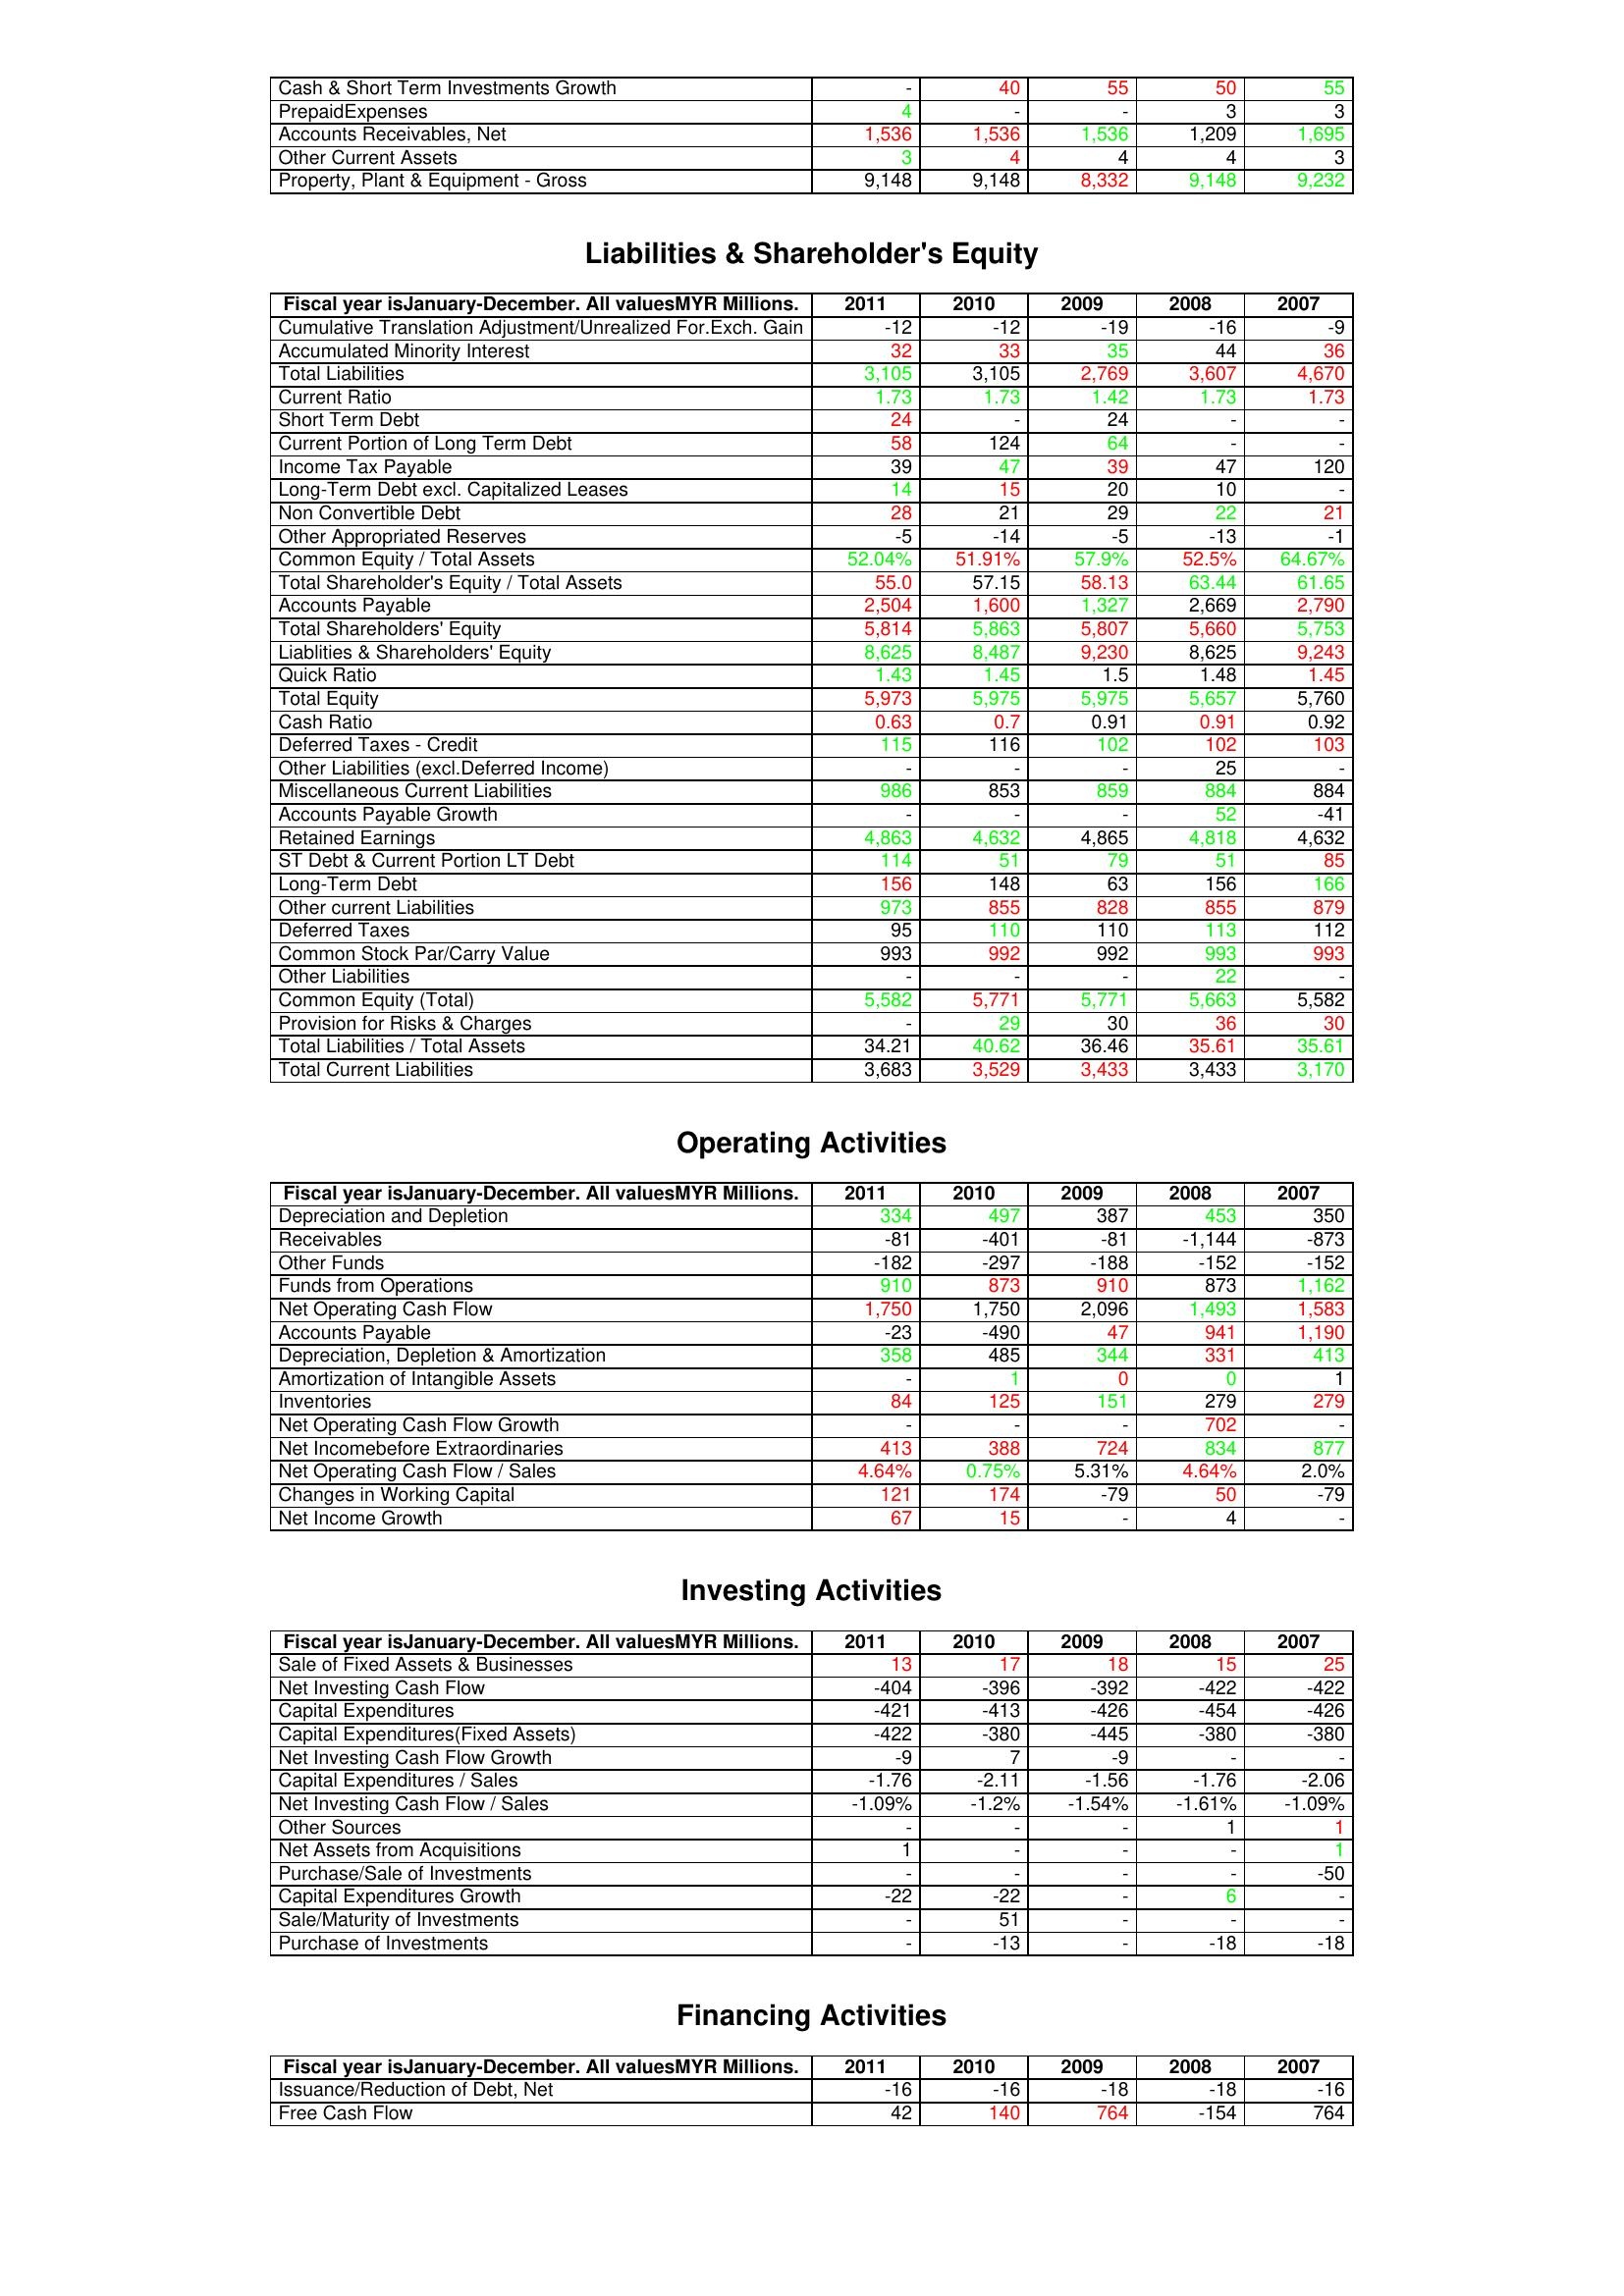
gt_parse: 2011: Assets: Cash & Short Term Investments Growth: -
PrepaidExpenses: 4
Accounts Receivables, Net: 1,536
Other Current Assets: 3
Property, Plant & Equipment - Gross : 9,148
Liabilities & Shareholder's Equity: Cumulative Translation Adjustment/Unrealized For.Exch. Gain: -12
Accumulated Minority Interest: 32
Total Liabilities: 3,105
Current Ratio: 1.73
Short Term Debt: 24
Current Portion of Long Term Debt: 58
Income Tax Payable: 39
Long-Term Debt excl. Capitalized Leases: 14
Non Convertible Debt: 28
Other Appropriated Reserves: -5
Common Equity / Total Assets: 52.04%
Total Shareholder's Equity / Total Assets: 55.0
Accounts Payable: 2,504
Total Shareholders' Equity: 5,814
Liablities & Shareholders' Equity: 8,625
Quick Ratio: 1.43
Total Equity: 5,973
Cash Ratio: 0.63
Deferred Taxes - Credit: 115
Other Liabilities (excl.Deferred Income): -
Miscellaneous Current Liabilities: 986
Accounts Payable Growth: -
Retained Earnings: 4,863
ST Debt & Current Portion LT Debt: 114
Long-Term Debt: 156
Other current Liabilities: 973
Deferred Taxes: 95
Common Stock Par/Carry Value: 993
Other Liabilities: -
Common Equity (Total): 5,582
Provision for Risks & Charges: -
Total Liabilities / Total Assets: 34.21
Total Current Liabilities: 3,683
Operating Activities: Depreciation and Depletion: 334
Receivables: -81
Other Funds: -182
Funds from Operations: 910
Net Operating Cash Flow: 1,750
Accounts Payable: -23
Depreciation, Depletion & Amortization: 358
Amortization of Intangible Assets: -
Inventories: 84
Net Operating Cash Flow Growth: -
Net Incomebefore Extraordinaries: 413
Net Operating Cash Flow / Sales: 4.64%
Changes in Working Capital: 121
Net Income Growth: 67
Investing Activities: Sale of Fixed Assets & Businesses: 13
Net Investing Cash Flow: -404
Capital Expenditures: -421
Capital Expenditures(Fixed Assets): -422
Net Investing Cash Flow Growth: -9
Capital Expenditures / Sales: -1.76
Net Investing Cash Flow / Sales: -1.09%
Other Sources: -
Net Assets from Acquisitions: 1
Purchase/Sale of Investments: -
Capital Expenditures Growth: -22
Sale/Maturity of Investments: -
Purchase of Investments: -
Financing Activities: Issuance/Reduction of Debt, Net: -16
Free Cash Flow: 42
2010: Assets: Cash & Short Term Investments Growth: 40
PrepaidExpenses: -
Accounts Receivables, Net: 1,536
Other Current Assets: 4
Property, Plant & Equipment - Gross : 9,148
Liabilities & Shareholder's Equity: Cumulative Translation Adjustment/Unrealized For.Exch. Gain: -12
Accumulated Minority Interest: 33
Total Liabilities: 3,105
Current Ratio: 1.73
Short Term Debt: -
Current Portion of Long Term Debt: 124
Income Tax Payable: 47
Long-Term Debt excl. Capitalized Leases: 15
Non Convertible Debt: 21
Other Appropriated Reserves: -14
Common Equity / Total Assets: 51.91%
Total Shareholder's Equity / Total Assets: 57.15
Accounts Payable: 1,600
Total Shareholders' Equity: 5,863
Liablities & Shareholders' Equity: 8,487
Quick Ratio: 1.45
Total Equity: 5,975
Cash Ratio: 0.7
Deferred Taxes - Credit: 116
Other Liabilities (excl.Deferred Income): -
Miscellaneous Current Liabilities: 853
Accounts Payable Growth: -
Retained Earnings: 4,632
ST Debt & Current Portion LT Debt: 51
Long-Term Debt: 148
Other current Liabilities: 855
Deferred Taxes: 110
Common Stock Par/Carry Value: 992
Other Liabilities: -
Common Equity (Total): 5,771
Provision for Risks & Charges: 29
Total Liabilities / Total Assets: 40.62
Total Current Liabilities: 3,529
Operating Activities: Depreciation and Depletion: 497
Receivables: -401
Other Funds: -297
Funds from Operations: 873
Net Operating Cash Flow: 1,750
Accounts Payable: -490
Depreciation, Depletion & Amortization: 485
Amortization of Intangible Assets: 1
Inventories: 125
Net Operating Cash Flow Growth: -
Net Incomebefore Extraordinaries: 388
Net Operating Cash Flow / Sales: 0.75%
Changes in Working Capital: 174
Net Income Growth: 15
Investing Activities: Sale of Fixed Assets & Businesses: 17
Net Investing Cash Flow: -396
Capital Expenditures: -413
Capital Expenditures(Fixed Assets): -380
Net Investing Cash Flow Growth: 7
Capital Expenditures / Sales: -2.11
Net Investing Cash Flow / Sales: -1.2%
Other Sources: -
Net Assets from Acquisitions: -
Purchase/Sale of Investments: -
Capital Expenditures Growth: -22
Sale/Maturity of Investments: 51
Purchase of Investments: -13
Financing Activities: Issuance/Reduction of Debt, Net: -16
Free Cash Flow: 140
2009: Assets: Cash & Short Term Investments Growth: 55
PrepaidExpenses: -
Accounts Receivables, Net: 1,536
Other Current Assets: 4
Property, Plant & Equipment - Gross : 8,332
Liabilities & Shareholder's Equity: Cumulative Translation Adjustment/Unrealized For.Exch. Gain: -19
Accumulated Minority Interest: 35
Total Liabilities: 2,769
Current Ratio: 1.42
Short Term Debt: 24
Current Portion of Long Term Debt: 64
Income Tax Payable: 39
Long-Term Debt excl. Capitalized Leases: 20
Non Convertible Debt: 29
Other Appropriated Reserves: -5
Common Equity / Total Assets: 57.9%
Total Shareholder's Equity / Total Assets: 58.13
Accounts Payable: 1,327
Total Shareholders' Equity: 5,807
Liablities & Shareholders' Equity: 9,230
Quick Ratio: 1.5
Total Equity: 5,975
Cash Ratio: 0.91
Deferred Taxes - Credit: 102
Other Liabilities (excl.Deferred Income): -
Miscellaneous Current Liabilities: 859
Accounts Payable Growth: -
Retained Earnings: 4,865
ST Debt & Current Portion LT Debt: 79
Long-Term Debt: 63
Other current Liabilities: 828
Deferred Taxes: 110
Common Stock Par/Carry Value: 992
Other Liabilities: -
Common Equity (Total): 5,771
Provision for Risks & Charges: 30
Total Liabilities / Total Assets: 36.46
Total Current Liabilities: 3,433
Operating Activities: Depreciation and Depletion: 387
Receivables: -81
Other Funds: -188
Funds from Operations: 910
Net Operating Cash Flow: 2,096
Accounts Payable: 47
Depreciation, Depletion & Amortization: 344
Amortization of Intangible Assets: 0
Inventories: 151
Net Operating Cash Flow Growth: -
Net Incomebefore Extraordinaries: 724
Net Operating Cash Flow / Sales: 5.31%
Changes in Working Capital: -79
Net Income Growth: -
Investing Activities: Sale of Fixed Assets & Businesses: 18
Net Investing Cash Flow: -392
Capital Expenditures: -426
Capital Expenditures(Fixed Assets): -445
Net Investing Cash Flow Growth: -9
Capital Expenditures / Sales: -1.56
Net Investing Cash Flow / Sales: -1.54%
Other Sources: -
Net Assets from Acquisitions: -
Purchase/Sale of Investments: -
Capital Expenditures Growth: -
Sale/Maturity of Investments: -
Purchase of Investments: -
Financing Activities: Issuance/Reduction of Debt, Net: -18
Free Cash Flow: 764
2008: Assets: Cash & Short Term Investments Growth: 50
PrepaidExpenses: 3
Accounts Receivables, Net: 1,209
Other Current Assets: 4
Property, Plant & Equipment - Gross : 9,148
Liabilities & Shareholder's Equity: Cumulative Translation Adjustment/Unrealized For.Exch. Gain: -16
Accumulated Minority Interest: 44
Total Liabilities: 3,607
Current Ratio: 1.73
Short Term Debt: -
Current Portion of Long Term Debt: -
Income Tax Payable: 47
Long-Term Debt excl. Capitalized Leases: 10
Non Convertible Debt: 22
Other Appropriated Reserves: -13
Common Equity / Total Assets: 52.5%
Total Shareholder's Equity / Total Assets: 63.44
Accounts Payable: 2,669
Total Shareholders' Equity: 5,660
Liablities & Shareholders' Equity: 8,625
Quick Ratio: 1.48
Total Equity: 5,657
Cash Ratio: 0.91
Deferred Taxes - Credit: 102
Other Liabilities (excl.Deferred Income): 25
Miscellaneous Current Liabilities: 884
Accounts Payable Growth: 52
Retained Earnings: 4,818
ST Debt & Current Portion LT Debt: 51
Long-Term Debt: 156
Other current Liabilities: 855
Deferred Taxes: 113
Common Stock Par/Carry Value: 993
Other Liabilities: 22
Common Equity (Total): 5,663
Provision for Risks & Charges: 36
Total Liabilities / Total Assets: 35.61
Total Current Liabilities: 3,433
Operating Activities: Depreciation and Depletion: 453
Receivables: -1,144
Other Funds: -152
Funds from Operations: 873
Net Operating Cash Flow: 1,493
Accounts Payable: 941
Depreciation, Depletion & Amortization: 331
Amortization of Intangible Assets: 0
Inventories: 279
Net Operating Cash Flow Growth: 702
Net Incomebefore Extraordinaries: 834
Net Operating Cash Flow / Sales: 4.64%
Changes in Working Capital: 50
Net Income Growth: 4
Investing Activities: Sale of Fixed Assets & Businesses: 15
Net Investing Cash Flow: -422
Capital Expenditures: -454
Capital Expenditures(Fixed Assets): -380
Net Investing Cash Flow Growth: -
Capital Expenditures / Sales: -1.76
Net Investing Cash Flow / Sales: -1.61%
Other Sources: 1
Net Assets from Acquisitions: -
Purchase/Sale of Investments: -
Capital Expenditures Growth: 6
Sale/Maturity of Investments: -
Purchase of Investments: -18
Financing Activities: Issuance/Reduction of Debt, Net: -18
Free Cash Flow: -154
2007: Assets: Cash & Short Term Investments Growth: 55
PrepaidExpenses: 3
Accounts Receivables, Net: 1,695
Other Current Assets: 3
Property, Plant & Equipment - Gross : 9,232
Liabilities & Shareholder's Equity: Cumulative Translation Adjustment/Unrealized For.Exch. Gain: -9
Accumulated Minority Interest: 36
Total Liabilities: 4,670
Current Ratio: 1.73
Short Term Debt: -
Current Portion of Long Term Debt: -
Income Tax Payable: 120
Long-Term Debt excl. Capitalized Leases: -
Non Convertible Debt: 21
Other Appropriated Reserves: -1
Common Equity / Total Assets: 64.67%
Total Shareholder's Equity / Total Assets: 61.65
Accounts Payable: 2,790
Total Shareholders' Equity: 5,753
Liablities & Shareholders' Equity: 9,243
Quick Ratio: 1.45
Total Equity: 5,760
Cash Ratio: 0.92
Deferred Taxes - Credit: 103
Other Liabilities (excl.Deferred Income): -
Miscellaneous Current Liabilities: 884
Accounts Payable Growth: -41
Retained Earnings: 4,632
ST Debt & Current Portion LT Debt: 85
Long-Term Debt: 166
Other current Liabilities: 879
Deferred Taxes: 112
Common Stock Par/Carry Value: 993
Other Liabilities: -
Common Equity (Total): 5,582
Provision for Risks & Charges: 30
Total Liabilities / Total Assets: 35.61
Total Current Liabilities: 3,170
Operating Activities: Depreciation and Depletion: 350
Receivables: -873
Other Funds: -152
Funds from Operations: 1,162
Net Operating Cash Flow: 1,583
Accounts Payable: 1,190
Depreciation, Depletion & Amortization: 413
Amortization of Intangible Assets: 1
Inventories: 279
Net Operating Cash Flow Growth: -
Net Incomebefore Extraordinaries: 877
Net Operating Cash Flow / Sales: 2.0%
Changes in Working Capital: -79
Net Income Growth: -
Investing Activities: Sale of Fixed Assets & Businesses: 25
Net Investing Cash Flow: -422
Capital Expenditures: -426
Capital Expenditures(Fixed Assets): -380
Net Investing Cash Flow Growth: -
Capital Expenditures / Sales: -2.06
Net Investing Cash Flow / Sales: -1.09%
Other Sources: 1
Net Assets from Acquisitions: 1
Purchase/Sale of Investments: -50
Capital Expenditures Growth: -
Sale/Maturity of Investments: -
Purchase of Investments: -18
Financing Activities: Issuance/Reduction of Debt, Net: -16
Free Cash Flow: 764